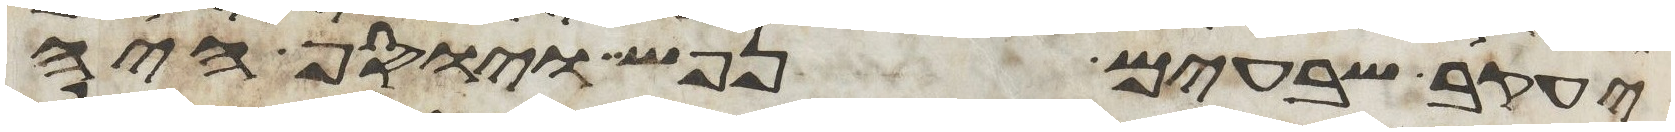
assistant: יעקב שבעים נפש ויוסף היה